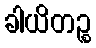
ခါယိတဉ္စ